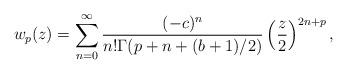
LaTeX: \begin{align*}w_p(z)=\sum_{n=0}^{\infty} \frac{(-c)^n}{n!\Gamma(p+n+(b+1)/2)}\left( \frac{z}{2}\right)^{2n+p},\end{align*}